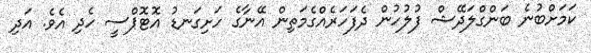
ކަމަށްބުނެ ބަންގްލަދޭޝް ފުލުހުން ދެފަހަރެއްގެމަތިން އޭނާގެ ހަށިގަނޑު އޮޓޮޕްސީ ހެދި އެވެ. އަދި